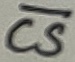
Text: CS